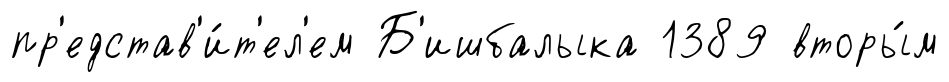
пр'едстав'и́т'ел'ем Б'ишбалыка 1389 вторы́м